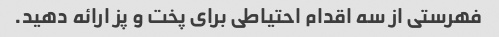
فهرستی از سه اقدام احتیاطی برای پخت و پز ارائه دهید.